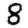
Digit: 8